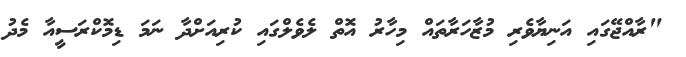
"ރާއްޖޭގައި އަނިޔާވެރި މުޒާހަރާތައް މިހާރު އޮތް ލެވެލްގައި ކުރިއަށްދާ ނަމަ ޑިމޮކްރަސީއާ މެދު